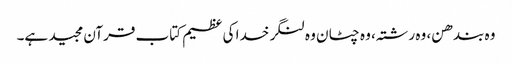
وہ بندھن، وہ رشتہ، وہ چٹان وہ لنگر خدا کی عظیم کتاب قرآن مجید ہے۔